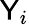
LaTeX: \mathsf{Y}_{i}